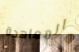
المعاهدة